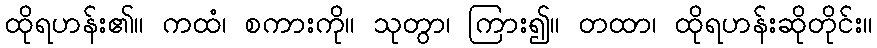
ထိုရဟန်း၏။ ကထံ၊ စကားကို။ သုတွာ၊ ကြား၍။ တထာ၊ ထိုရဟန်းဆိုတိုင်း။